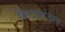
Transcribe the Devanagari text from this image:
मित्रमंडल